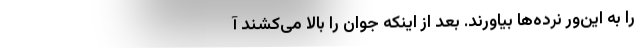
را به این‌ور نرده‌ها بیاورند. بعد از اینکه جوان را بالا می‌کشند آ